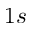
1 s